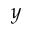
y